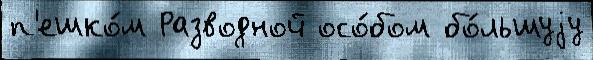
п'ешко́м Разводной осо́бом бо́льшуjу